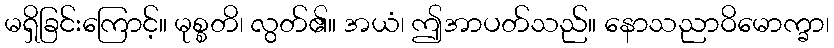
မရှိခြင်းကြောင့်။ မုစ္စတိ၊ လွတ်၏။ အယံ၊ ဤအာပတ်သည်။ နောသညာဝိမောက္ခာ၊